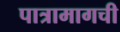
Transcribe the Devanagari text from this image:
पात्रामागची